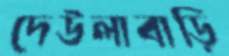
দেউলাবাড়ি